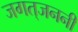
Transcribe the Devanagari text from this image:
जगत्‌जननी